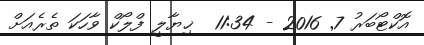
އޮކްޓޯބަރު 7